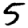
Digit: 5